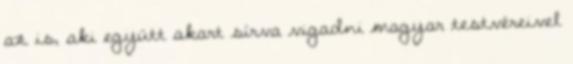
az is, aki együtt akart sírva vigadni magyar testvéreivel